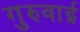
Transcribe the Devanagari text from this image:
गुरुवाई